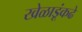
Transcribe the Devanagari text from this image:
खेळाडूंकढे